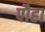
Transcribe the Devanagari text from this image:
पौहा